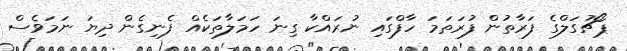
ޕޯޗުގަލްގެ ފަރާތުން ފުރަތަމަ ހާފްގައި ނުރައްކާ ގިނަ ހަމަލާތަކެއް ފެނިގެން ދިޔަ ނަމަވެސް